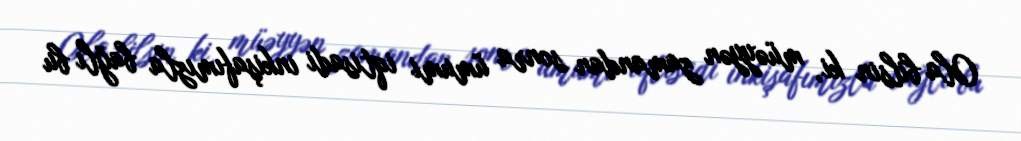
Ola bilsin ki, müəyyən zamandan sonra ümumi iqtisadi inkişafımızla bağlı bu